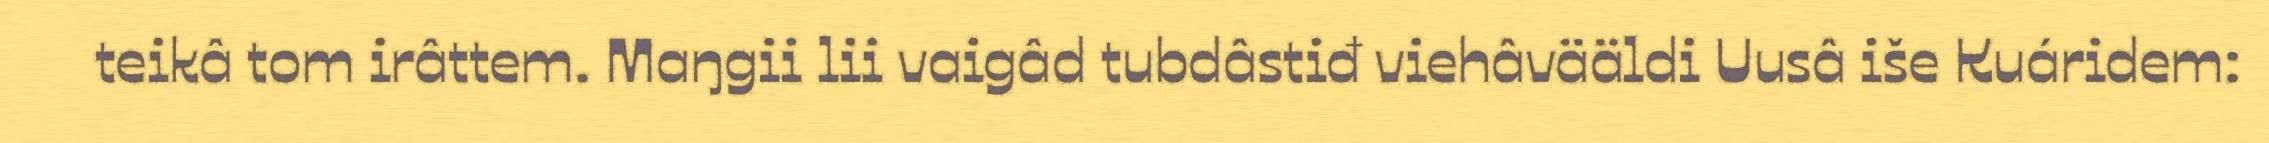
teikâ tom irâttem. Maŋgii lii vaigâd tubdâstiđ viehâvääldi Uusâ iše Kuáridem: